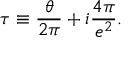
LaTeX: \tau \equiv \frac { \theta } { 2 \pi } + i \frac { 4 \pi } { e ^ { 2 } } .